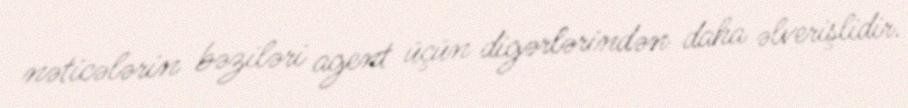
nəticələrin bəziləri agent üçün digərlərindən daha əlverişlidir.